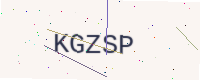
Text: KGZSP